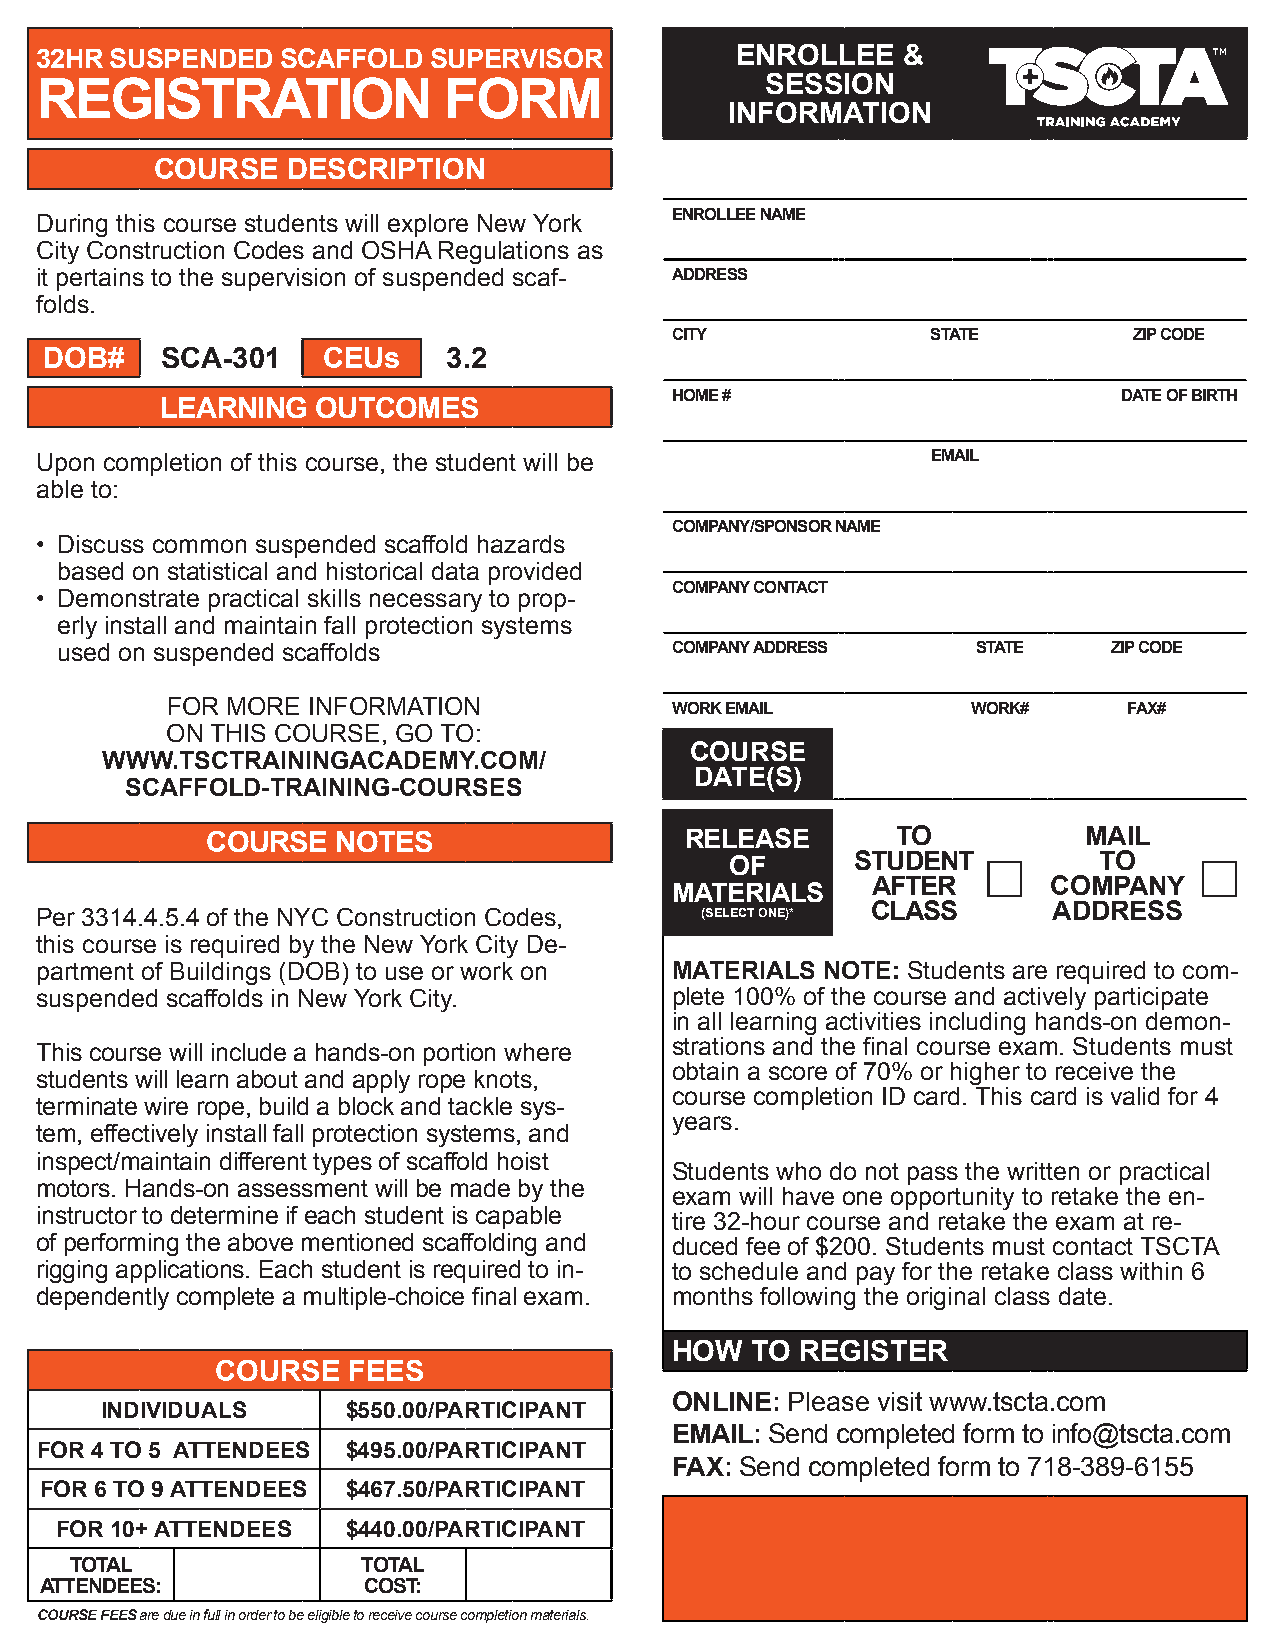
32HR SUSPENDED   SCAFFOLD  SUPERVISOR          ENROLLEE   &
 SESSION
 REGISTRATION               FORM
 INFORMATION
 COURSE   DESCRIPTION
 During this course students will explore New York ENROLLEE NAME
 City Construction Codes and OSHA Regulations as
 it pertains to the supervision of suspended scaf- ADDRESS
 folds.
 CITY              STATE        ZIP CODE
 DOB#    SCA-301   CEUs     3.2
 HOME #                        DATE OF BIRTH
 LEARNING  OUTCOMES
 Upon completion of this course, the student will be         EMAIL
 able to:
 COMPANY/SPONSOR NAME
 • Discuss common suspended scaffold hazards
 based on statistical and historical data provided
 COMPANY CONTACT
 • Demonstrate practical skills necessary to prop-
 erly install and maintain fall protection systems
 used on suspended scaffolds             COMPANY ADDRESS      STATE    ZIP CODE
 FOR MORE INFORMATION             WORK EMAIL          WORK#      FAX#
 ON THIS COURSE, GO TO:
 COURSE
 WWW.TSCTRAININGACADEMY.COM/
 DATE(S)
 SCAFFOLD-TRAINING-COURSES
 COURSE  NOTES                  RELEASE       TO           MAIL
 OF       STUDENT         TO
 AFTER       COMPANY
 MATERIALS
 Per 3314.4.5.4 of the NYC Construction Codes, (SELECT ONE)* CLASS   ADDRESS
 this course is required by the New York City De-
 partment of Buildings (DOB) to use or work on MATERIALS NOTE: Students are required to com-
 suspended scaffolds in New York City.     plete 100% of the course and actively participate
 in all learning activities including hands-on demon-
 strations and the final course exam. Students must
 This course will include a hands-on portion where
 obtain a score of 70% or higher to receive the
 students will learn about and apply rope knots,
 course completion ID card. This card is valid for 4
 terminate wire rope, build a block and tackle sys-
 years.
 tem, effectively install fall protection systems, and
 inspect/maintain different types of scaffold hoist
 Students who do not pass the written or practical
 motors. Hands-on assessment will be made by the
 exam will have one opportunity to retake the en-
 instructor to determine if each student is capable tire 32-hour course and retake the exam at re-
 of performing the above mentioned scaffolding and duced fee of $200. Students must contact TSCTA
 rigging applications. Each student is required to in- to schedule and pay for the retake class within 6
 dependently complete a multiple-choice final exam. months following the original class date.
 HOW   TO REGISTER
 COURSE   FEES
 ONLINE: Please visit www.tscta.com
 INDIVIDUALS     $550.00/PARTICIPANT
 EMAIL: Send completed form to info@tscta.com
 FOR 4 TO 5 ATTENDEES $495.00/PARTICIPANT
 FAX: Send completed form to 718-389-6155
 FOR 6 TO 9 ATTENDEES $467.50/PARTICIPANT
 FOR 10+ ATTENDEES  $440.00/PARTICIPANT
 TOTAL              TOTAL
 ATTENDEES:           COST:
 COURSE FEES are due in full in order to be eligible to receive course completion materials.